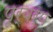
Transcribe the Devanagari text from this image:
पूर्वरुप